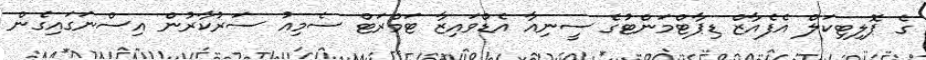
ގެ ޕޮލިޓިކަލް އެފެއާޒް ޑިޕާޓްމަންޓުގެ ސީނިއާ އެޑްވައިޒާ ޓަމްރަޓް ސެމިއު ސަރުކާރުން އިސްނަގައިގެން